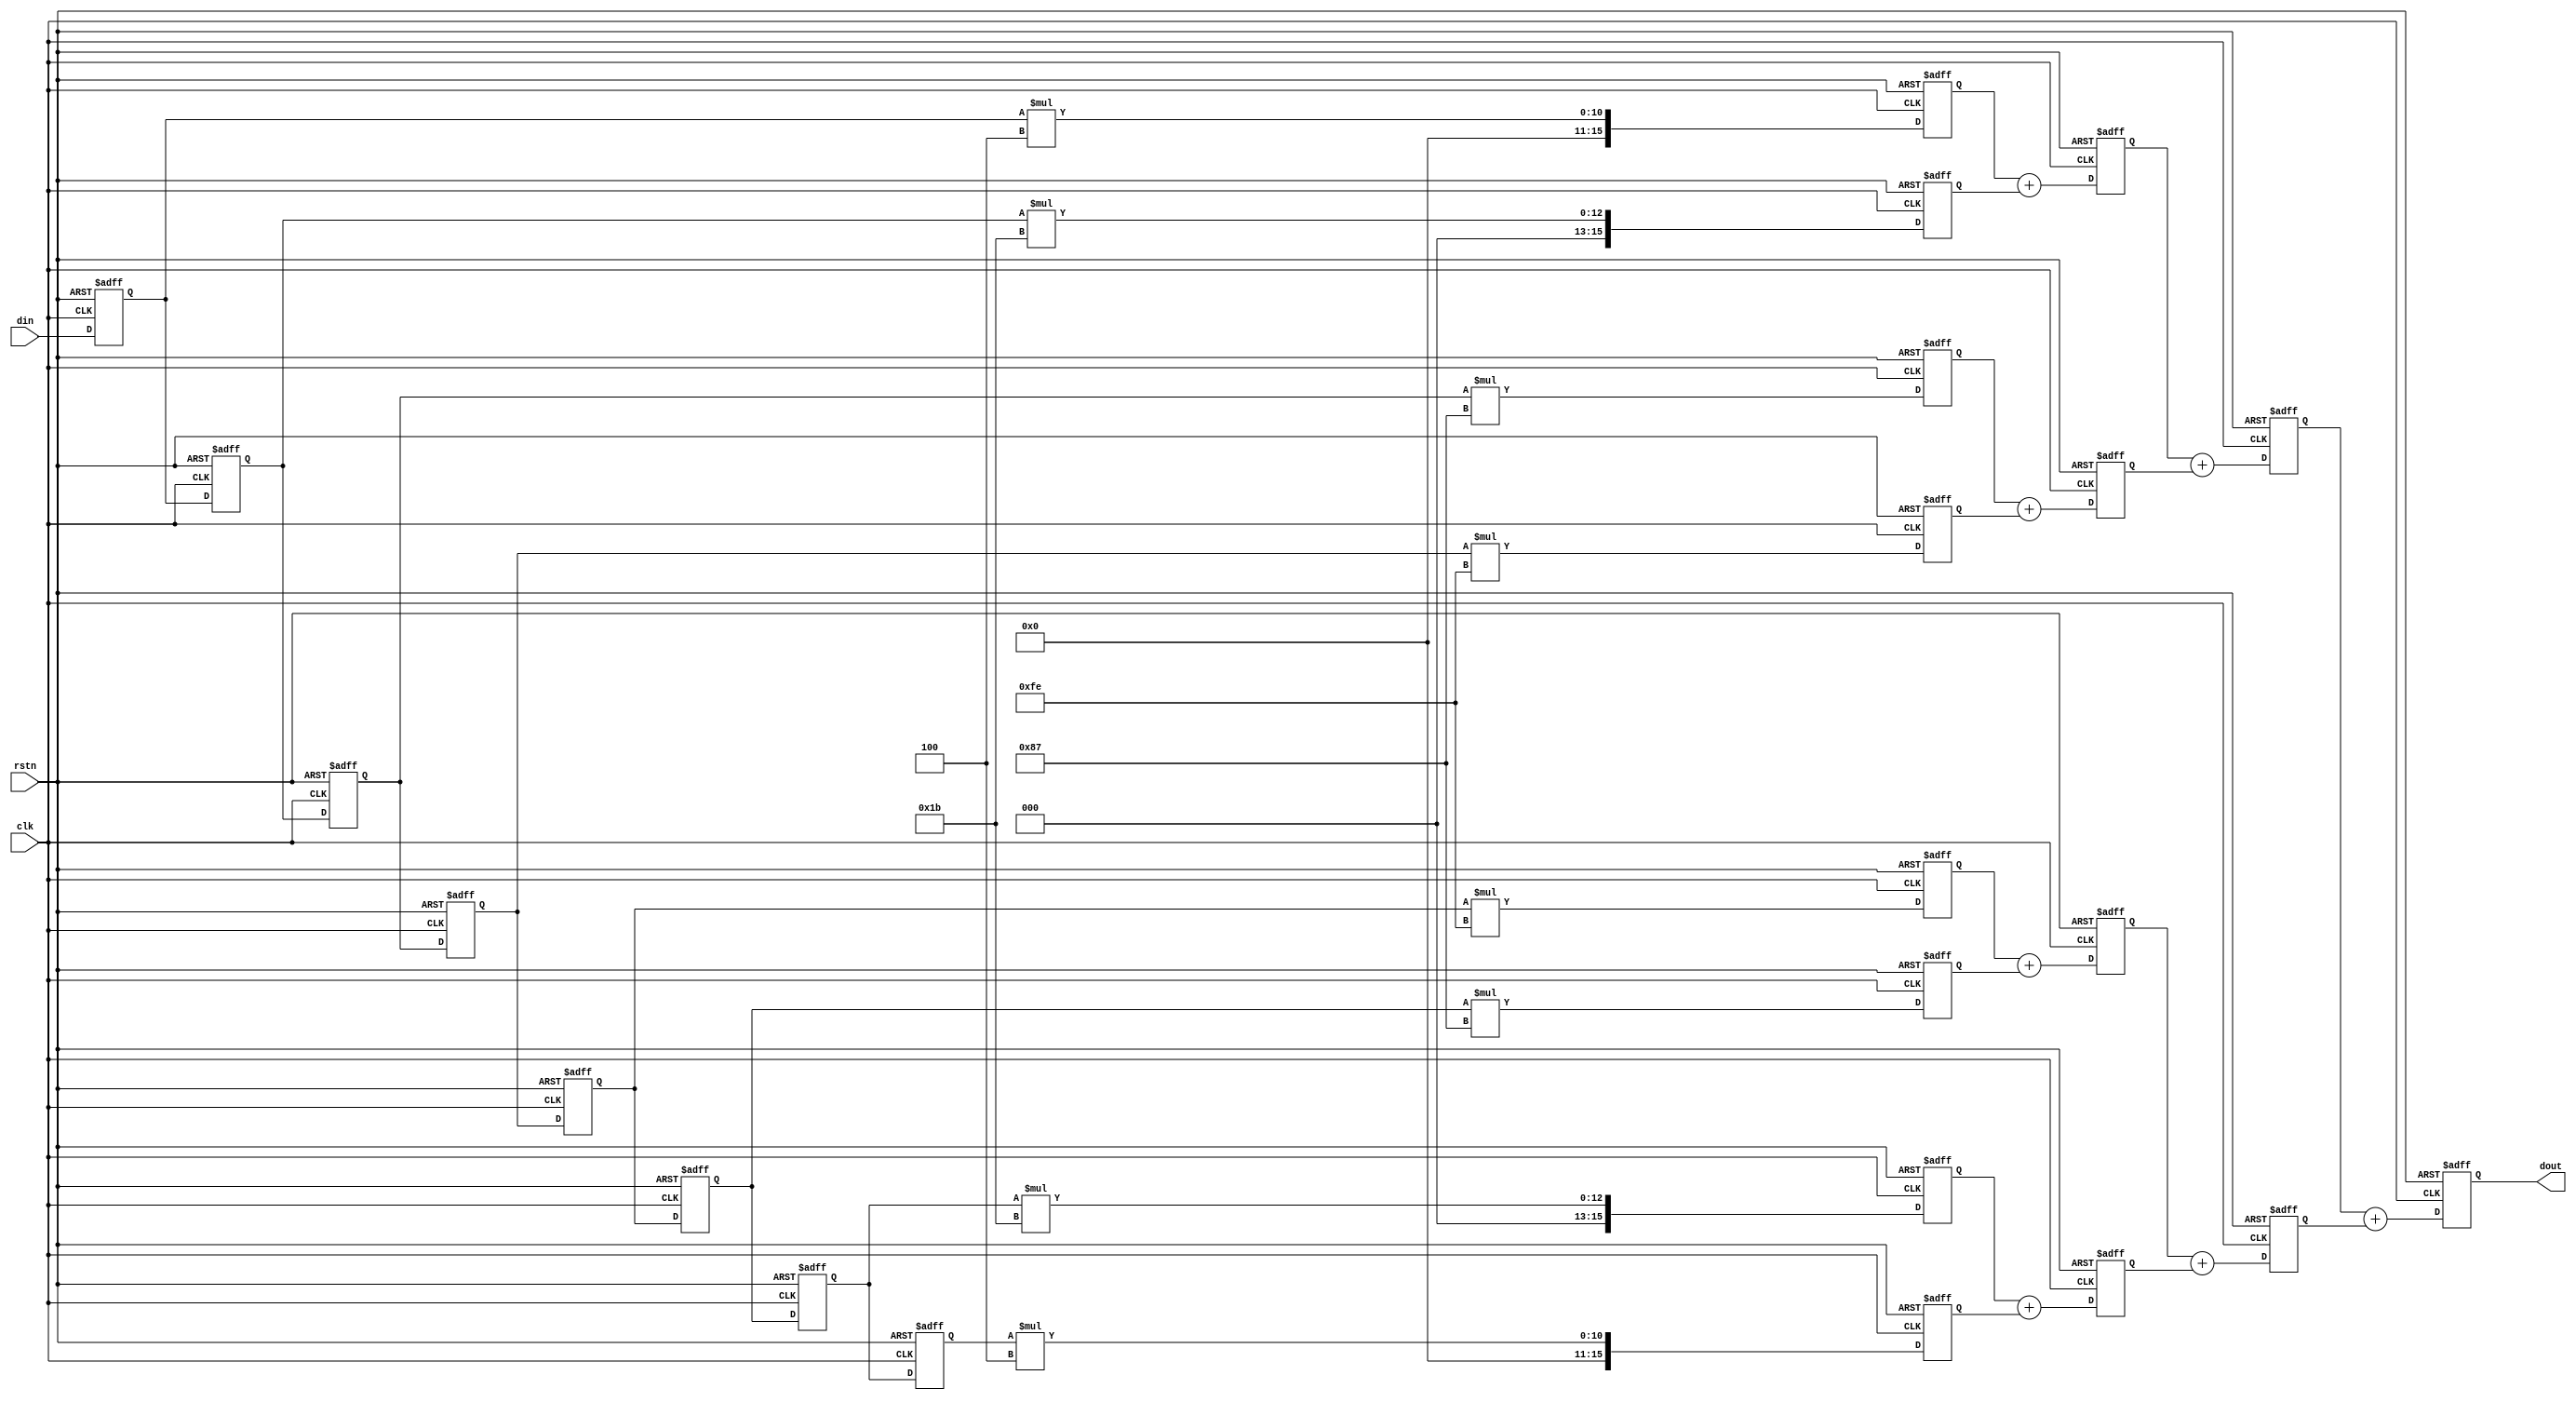
module fir_sim
#(
  localparam IWIDTH   = 8,
  localparam OWIDTH   = 16  
)
(
  input                       clk,
  input                       rstn,
  input       [IWIDTH - 1:0]  din,
  
  output reg  [OWIDTH + 1:0]  dout
);

  reg [IWIDTH - 1:0]  delay1;
  reg [IWIDTH - 1:0]  delay2;
  reg [IWIDTH - 1:0]  delay3;
  reg [IWIDTH - 1:0]  delay4;
  reg [IWIDTH - 1:0]  delay5;
  reg [IWIDTH - 1:0]  delay6;
  reg [IWIDTH - 1:0]  delay7;
  reg [IWIDTH - 1:0]  delay8;

  reg [IWIDTH - 1:0]  coeff1  = 8'd4;
  reg [IWIDTH - 1:0]  coeff2  = 8'd27;
  reg [IWIDTH - 1:0]  coeff3  = 8'd135;
  reg [IWIDTH - 1:0]  coeff4  = 8'd254;
  reg [IWIDTH - 1:0]  coeff5  = 8'd254;
  reg [IWIDTH - 1:0]  coeff6  = 8'd135;
  reg [IWIDTH - 1:0]  coeff7  = 8'd27;
  reg [IWIDTH - 1:0]  coeff8  = 8'd4;

  reg [OWIDTH - 1:0]  dmul1;
  reg [OWIDTH - 1:0]  dmul2;
  reg [OWIDTH - 1:0]  dmul3;
  reg [OWIDTH - 1:0]  dmul4;
  reg [OWIDTH - 1:0]  dmul5;
  reg [OWIDTH - 1:0]  dmul6;
  reg [OWIDTH - 1:0]  dmul7;
  reg [OWIDTH - 1:0]  dmul8;

  //y(n) = h(n)*x(n)
  //输入信号延迟
  always@(posedge clk or negedge rstn) begin
    if(!rstn) begin
      delay1  <= 8'd0;
      delay2  <= 8'd0;
      delay3  <= 8'd0;
      delay4  <= 8'd0;
      delay5  <= 8'd0;
      delay6  <= 8'd0;
      delay7  <= 8'd0;
      delay8  <= 8'd0;
    end
    else begin
      delay1  <=  din;
      delay2  <=  delay1;
      delay3  <=  delay2;
      delay4  <=  delay3;
      delay5  <=  delay4;
      delay6  <=  delay5;
      delay7  <=  delay6;
      delay8  <=  delay7;
    end
  end

  always@(posedge clk or negedge rstn) begin
    if(!rstn) dmul1 <= 16'd0;
    else      dmul1 <= delay1 * coeff1;
  end

  always@(posedge clk or negedge rstn) begin
    if(!rstn) dmul2 <= 16'd0;
    else      dmul2 <= delay2 * coeff2;
  end
  
  always@(posedge clk or negedge rstn) begin
    if(!rstn) dmul3 <= 16'd0;
    else      dmul3 <= delay3 * coeff3;
  end

  always@(posedge clk or negedge rstn) begin
    if(!rstn) dmul4 <= 16'd0;
    else      dmul4 <= delay4 * coeff4;
  end

  always@(posedge clk or negedge rstn) begin
    if(!rstn) dmul5 <= 16'd0;
    else      dmul5 <= delay5 * coeff5;
  end

  always@(posedge clk or negedge rstn) begin
    if(!rstn) dmul6 <= 16'd0;
    else      dmul6 <= delay6 * coeff6;
  end

  always@(posedge clk or negedge rstn) begin
    if(!rstn) dmul7 <= 16'd0;
    else      dmul7 <= delay7 * coeff7;
  end

  always@(posedge clk or negedge rstn) begin
    if(!rstn) dmul8 <= 16'd0;
    else      dmul8 <= delay8 * coeff8;
  end

  reg [OWIDTH:0] dadd1_1;
  reg [OWIDTH:0] dadd1_2;
  reg [OWIDTH:0] dadd1_3;
  reg [OWIDTH:0] dadd1_4;

  always@(posedge clk or negedge rstn) begin
    if(!rstn) dadd1_1  <= 17'd0;
    else      dadd1_1  <= dmul1 + dmul2;
  end

  always@(posedge clk or negedge rstn) begin
    if(!rstn) dadd1_2  <= 17'd0;
    else      dadd1_2  <= dmul3 + dmul4;
  end

  always@(posedge clk or negedge rstn) begin
    if(!rstn) dadd1_3  <= 17'd0;
    else      dadd1_3  <= dmul5 + dmul6;
  end

  always@(posedge clk or negedge rstn) begin
    if(!rstn) dadd1_4  <= 17'd0;
    else      dadd1_4  <= dmul7 + dmul8;
  end

  reg [OWIDTH + 1:0] dadd2_1;
  reg [OWIDTH + 1:0] dadd2_2;

  always@(posedge clk or negedge rstn) begin
    if(!rstn) dadd2_1  <= 18'd0;
    else      dadd2_1  <= dadd1_1 + dadd1_2;
  end

  always@(posedge clk or negedge rstn) begin
    if(!rstn) dadd2_2  <= 18'd0;
    else      dadd2_2  <= dadd1_3 + dadd1_4;
  end

  always@(posedge clk or negedge rstn) begin
    if(!rstn) dout  <= 18'd0;
    else      dout  <= dadd2_1 + dadd2_2;
  end

endmodule